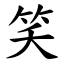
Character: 笑